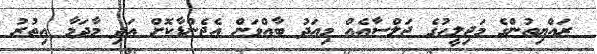
ރައްޔިތުންގެ މަޖިލީހުގެ ޖަލްސާއެއް މިއަދު ބާއްވަން އެޖެންޑާކޮށް އަދި މާދަމާ އިތުރު